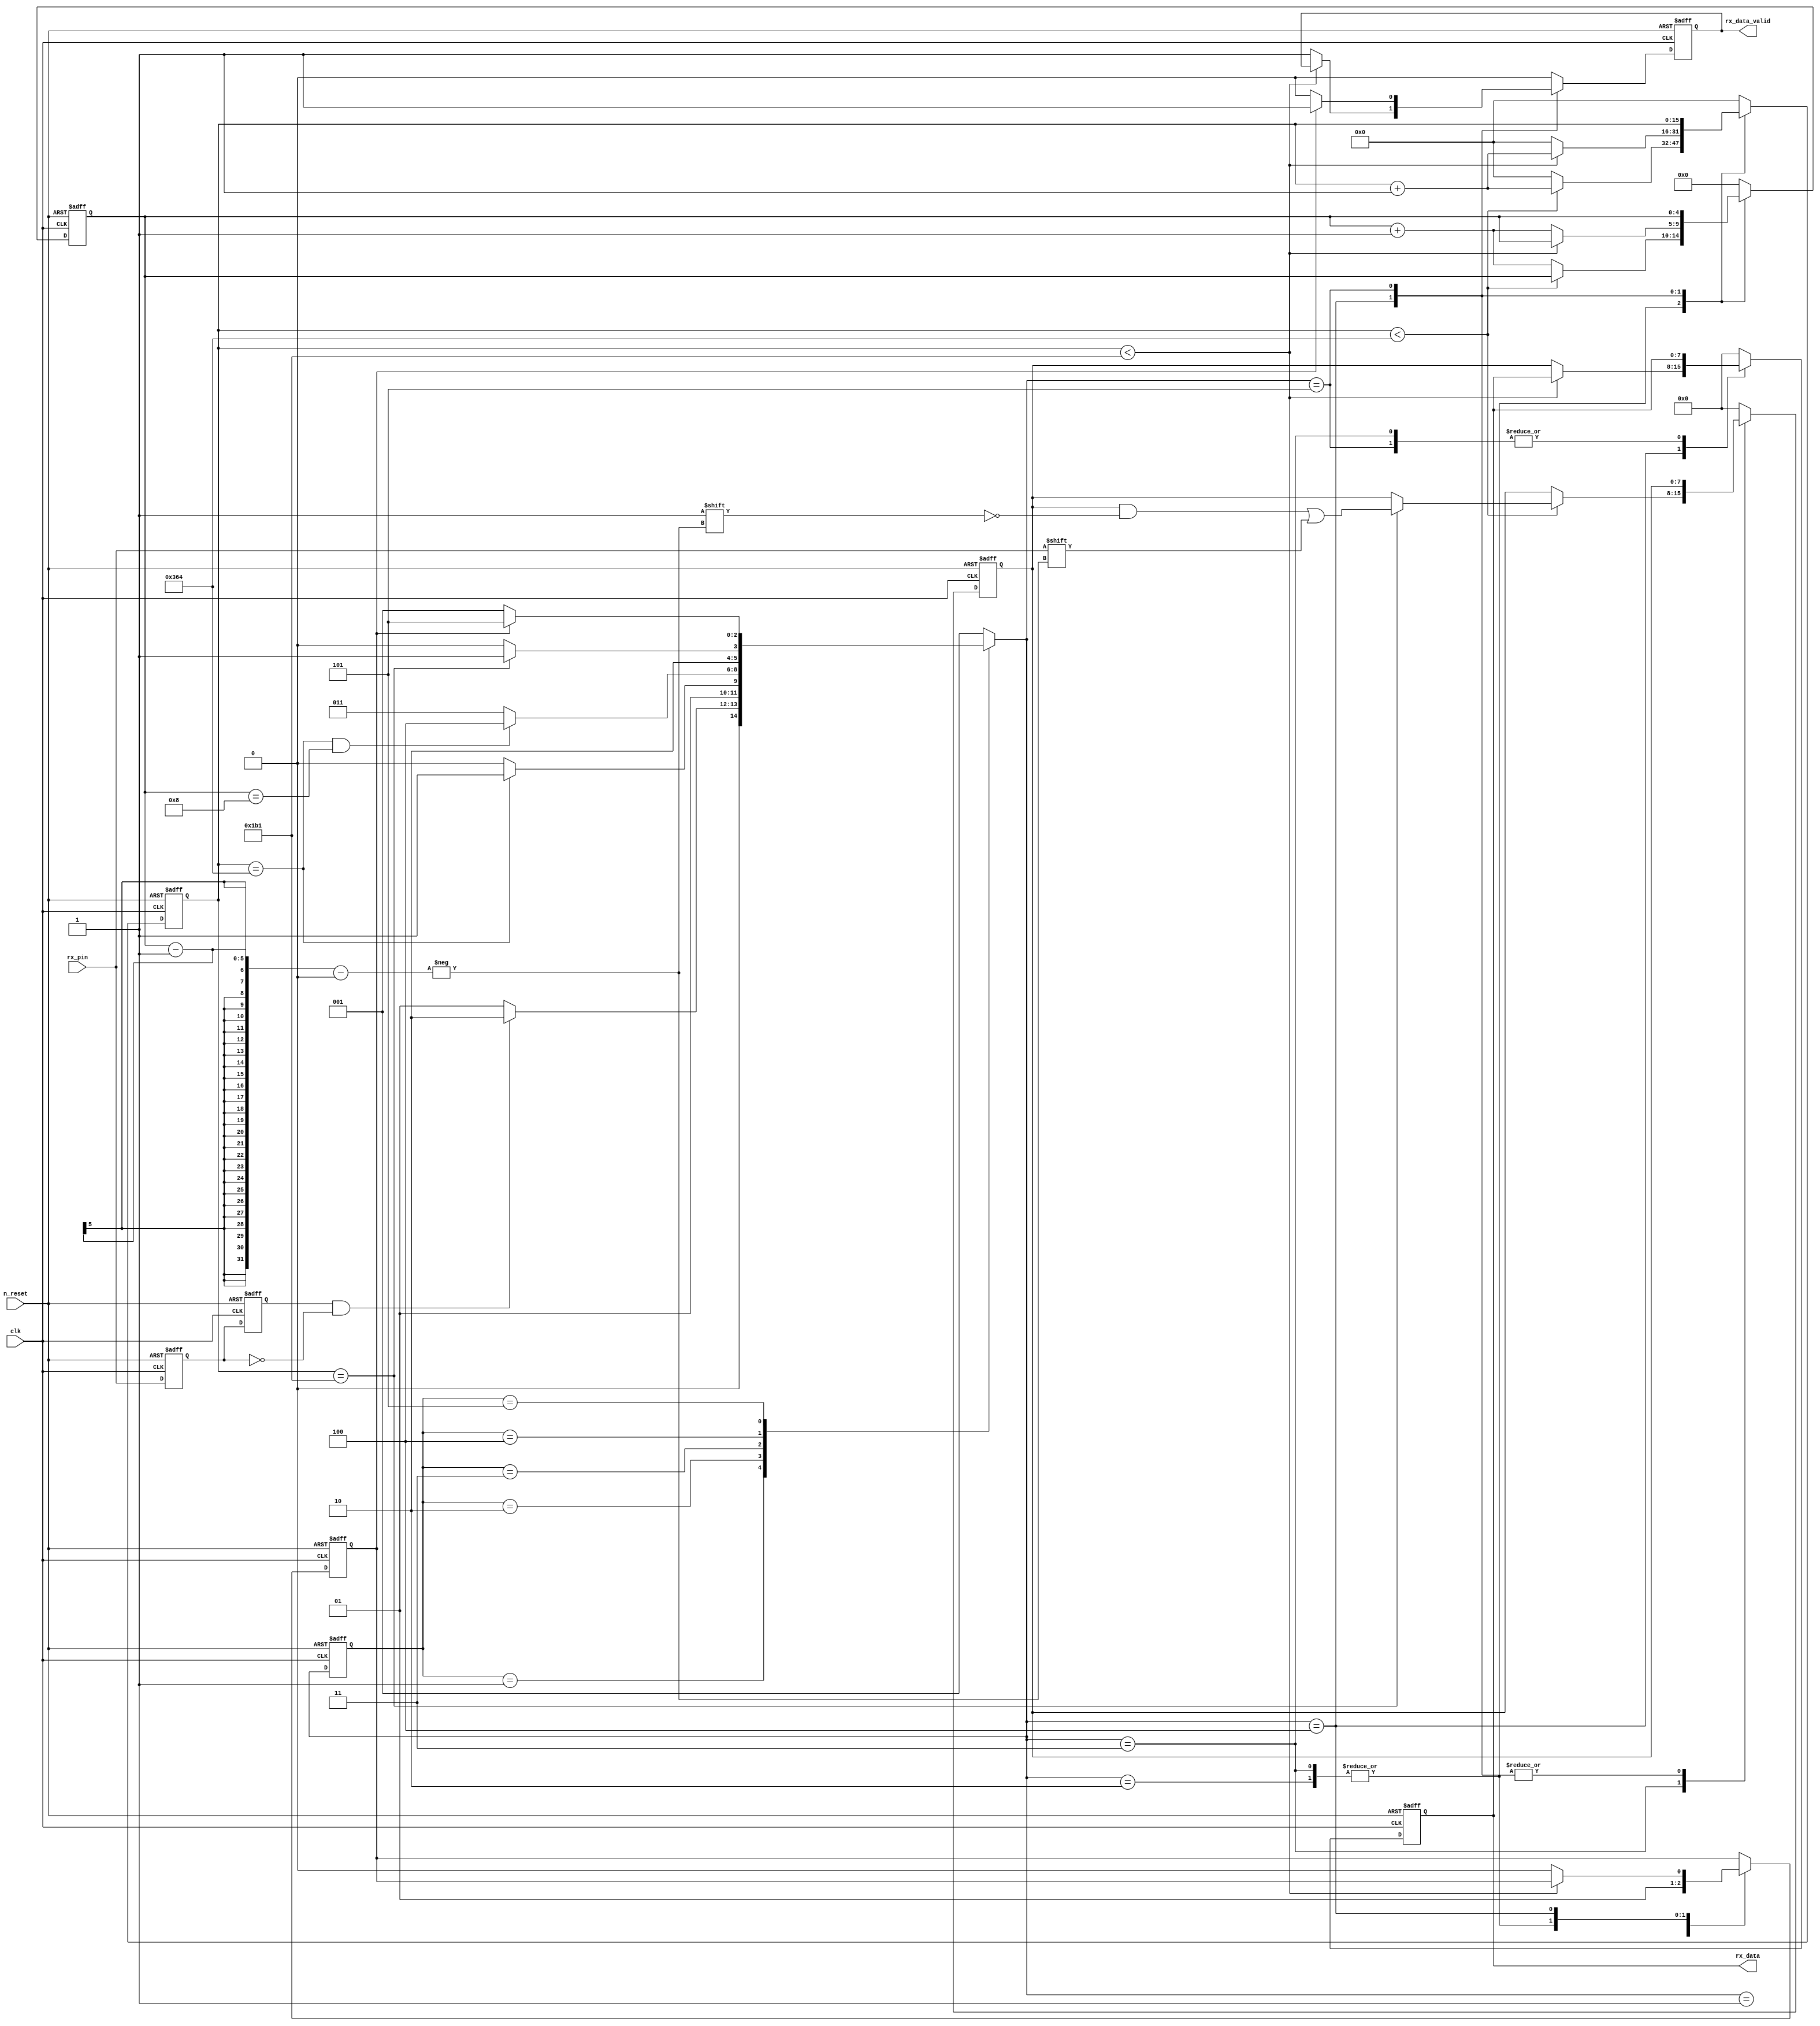
module modify_Uart_rx #
(
    parameter Challenge_Bit = 8,
	parameter frequency_clk_ref = 100,      //clock frequency(Mhz)
	parameter BAUD_RATE = 115200 //serial baud rate
)
(
	input                                      clk,              //clock input
	input                                      n_reset,            //asynchronous reset input, low active 
	output     reg     [Challenge_Bit - 1:0]   rx_data,          //received serial data
	output     reg                             rx_data_valid,    //received serial data is valid    
	input                                      rx_pin            //serial data input
);
//calculates the clock cycle for baud rate 
localparam                                      CYCLE = frequency_clk_ref * 1000000 / BAUD_RATE; 
//state machine code
localparam                                      STATE       = 2;
localparam                                      S_IDLE      = 1;
localparam                                      S_START     = 2; //start bit
localparam                                      S_REC_BYTE  = 3; //data bits
localparam                                      S_STOP      = 4; //stop bit
localparam                                      S_DATA      = 5;

reg             [            STATE:0]           state;
reg             [            STATE:0]           next_state;
reg                                             rx_d0;            //delay 1 clock for rx_pin
reg                                             rx_d1;            //delay 1 clock for rx_d0
wire                                            rx_negedge;       //negedge of rx_pin
reg             [Challenge_Bit - 1:0]           rx_bits;          //temporary storage of received data
reg             [               15:0]           cycle_cnt;        //baud counter    
reg             [                4:0]           bit_cnt;          //bit counter
reg 											rx_data_ready;	  //data receiver module ready

always @ (posedge clk or negedge n_reset)
begin
	if(n_reset == 1'b0)
		state <= S_IDLE;
	else
		state <= next_state;
end

assign rx_negedge = rx_d1 && ~rx_d0;                         //The processing for rx_pin

always @ (posedge clk or negedge n_reset)              
begin
	if(n_reset == 1'b0)
	begin
		rx_d0 <= 1'b0;
		rx_d1 <= 1'b0;	
	end
	else
	begin
		rx_d0 <= rx_pin;
		rx_d1 <= rx_d0;           
	end
end

always @ (*)
begin
	case(state)
		S_IDLE:
			if(rx_negedge)
				next_state = S_START;
			else
				next_state = S_IDLE;
		S_START:
			if(cycle_cnt == CYCLE)//one data cycle 
				next_state = S_REC_BYTE;
			else
				next_state = S_START;
		S_REC_BYTE:
			if(cycle_cnt == CYCLE  && bit_cnt == 5'd8)  //receive 8bit data
				next_state = S_STOP;
			else
				next_state = S_REC_BYTE;
		S_STOP:
			if(cycle_cnt == CYCLE/2 - 1)//half bit cycle,to avoid missing the next byte receiver
				next_state = S_DATA;
			else
				next_state = S_STOP;
		S_DATA:
			if(!rx_data_ready)    //data receive complete
				next_state = S_IDLE;
			else
				next_state = S_DATA;
		default:
			next_state = S_IDLE;
	endcase
end

always @(posedge clk or negedge n_reset) begin
	if (!n_reset) begin
		rx_data_valid <= 1'b0;
		rx_data_ready <= 1'b0;
		rx_data <= #Challenge_Bit'd0;
		bit_cnt <= 5'b0;
		cycle_cnt <= 16'b0;
		rx_bits <= #Challenge_Bit'd0;
	end
	else begin
		case(next_state)
			S_IDLE:	begin
				rx_data <= #Challenge_Bit'd0;
				bit_cnt <= 5'b0;
				cycle_cnt <= 16'b0;
				rx_bits <= #Challenge_Bit'd0;
                rx_data_valid <= 1'b0;
		        rx_data_ready <= 1'b0;
			end
			S_START:	begin
				rx_data <= #Challenge_Bit'd0;
				rx_bits <= #Challenge_Bit'd0;
				rx_data_valid <= 1'b0;
				rx_data_ready <= 1'b1;
				if (cycle_cnt < CYCLE) begin
					cycle_cnt <= cycle_cnt + 1'b1;
					bit_cnt <= bit_cnt;
				end
				else begin
					cycle_cnt <= 16'b0;
					bit_cnt <= bit_cnt + 1'b1;
				end
			end
			S_REC_BYTE:	begin
				rx_data_valid <= 1'b0;
				rx_data_ready <= 1'b1;
				if (cycle_cnt < CYCLE) begin
						cycle_cnt <= cycle_cnt +1'b1;
						bit_cnt <= bit_cnt;
						if (cycle_cnt == CYCLE /2 -1) begin
							rx_bits[bit_cnt-1] <= rx_pin;
						end
						else begin
							rx_bits <= rx_bits;
						end
				end
				else begin
					cycle_cnt <= 16'b0;
					bit_cnt <= bit_cnt + 1'b1;
				end
			end
			S_STOP:	begin
				if (cycle_cnt < CYCLE/2 -1) begin
					cycle_cnt <= cycle_cnt +1'b1;
					bit_cnt <= bit_cnt;
				end
				else begin
					cycle_cnt <= 16'b0;
					bit_cnt <= bit_cnt + 1'b1;
					rx_data_valid <= 1'b1;
					rx_data_ready <= 1'b0;
					rx_data <= rx_bits;
				end
			end
			S_DATA:	begin
				if (rx_data_ready == 1'b0) begin
					rx_data_valid <= 1'b0;
				end
				else begin
					rx_data_valid <= 1'b1;
				end
			end		
			default:	begin
				rx_data_valid <= 1'b0;
				rx_data <= #Challenge_Bit'd0;
				bit_cnt <= 5'b0;
				cycle_cnt <= 16'b0;
				rx_bits <= #Challenge_Bit'd0;
			end
		endcase
	end
end
endmodule